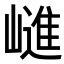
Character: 𭗝